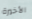
الأخيرة